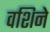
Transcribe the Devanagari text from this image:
वशिने